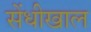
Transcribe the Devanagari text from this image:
सेंधीखाल